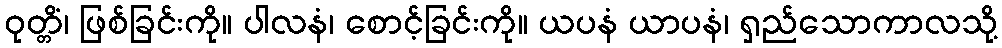
ဝုတ္တိံ၊ ဖြစ်ခြင်းကို။ ပါလနံ၊ စောင့်ခြင်းကို။ ယပနံ ယာပနံ၊ ရှည်သောကာလသို့